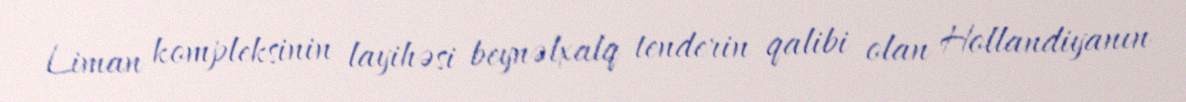
Liman kompleksinin layihəsi beynəlxalq tenderin qalibi olan Hollandiyanın